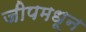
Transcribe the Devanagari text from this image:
जीपमधून